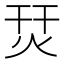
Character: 烎